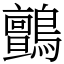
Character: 鸇